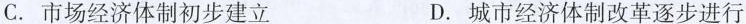
C.市场经济体制初步建立 D.城市经济体制改革逐步进行